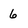
Character: 6